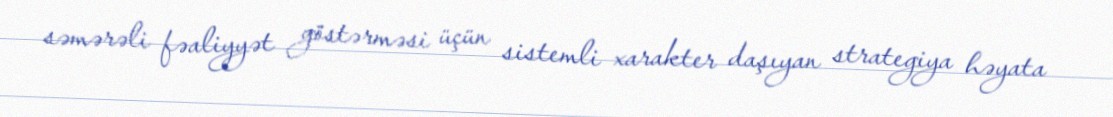
səmərəli fəaliyyət göstərməsi üçün sistemli xarakter daşıyan strategiya həyata